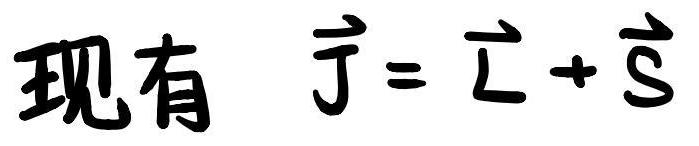
现有 $\vec{J} = \vec{L} + \vec{S}$